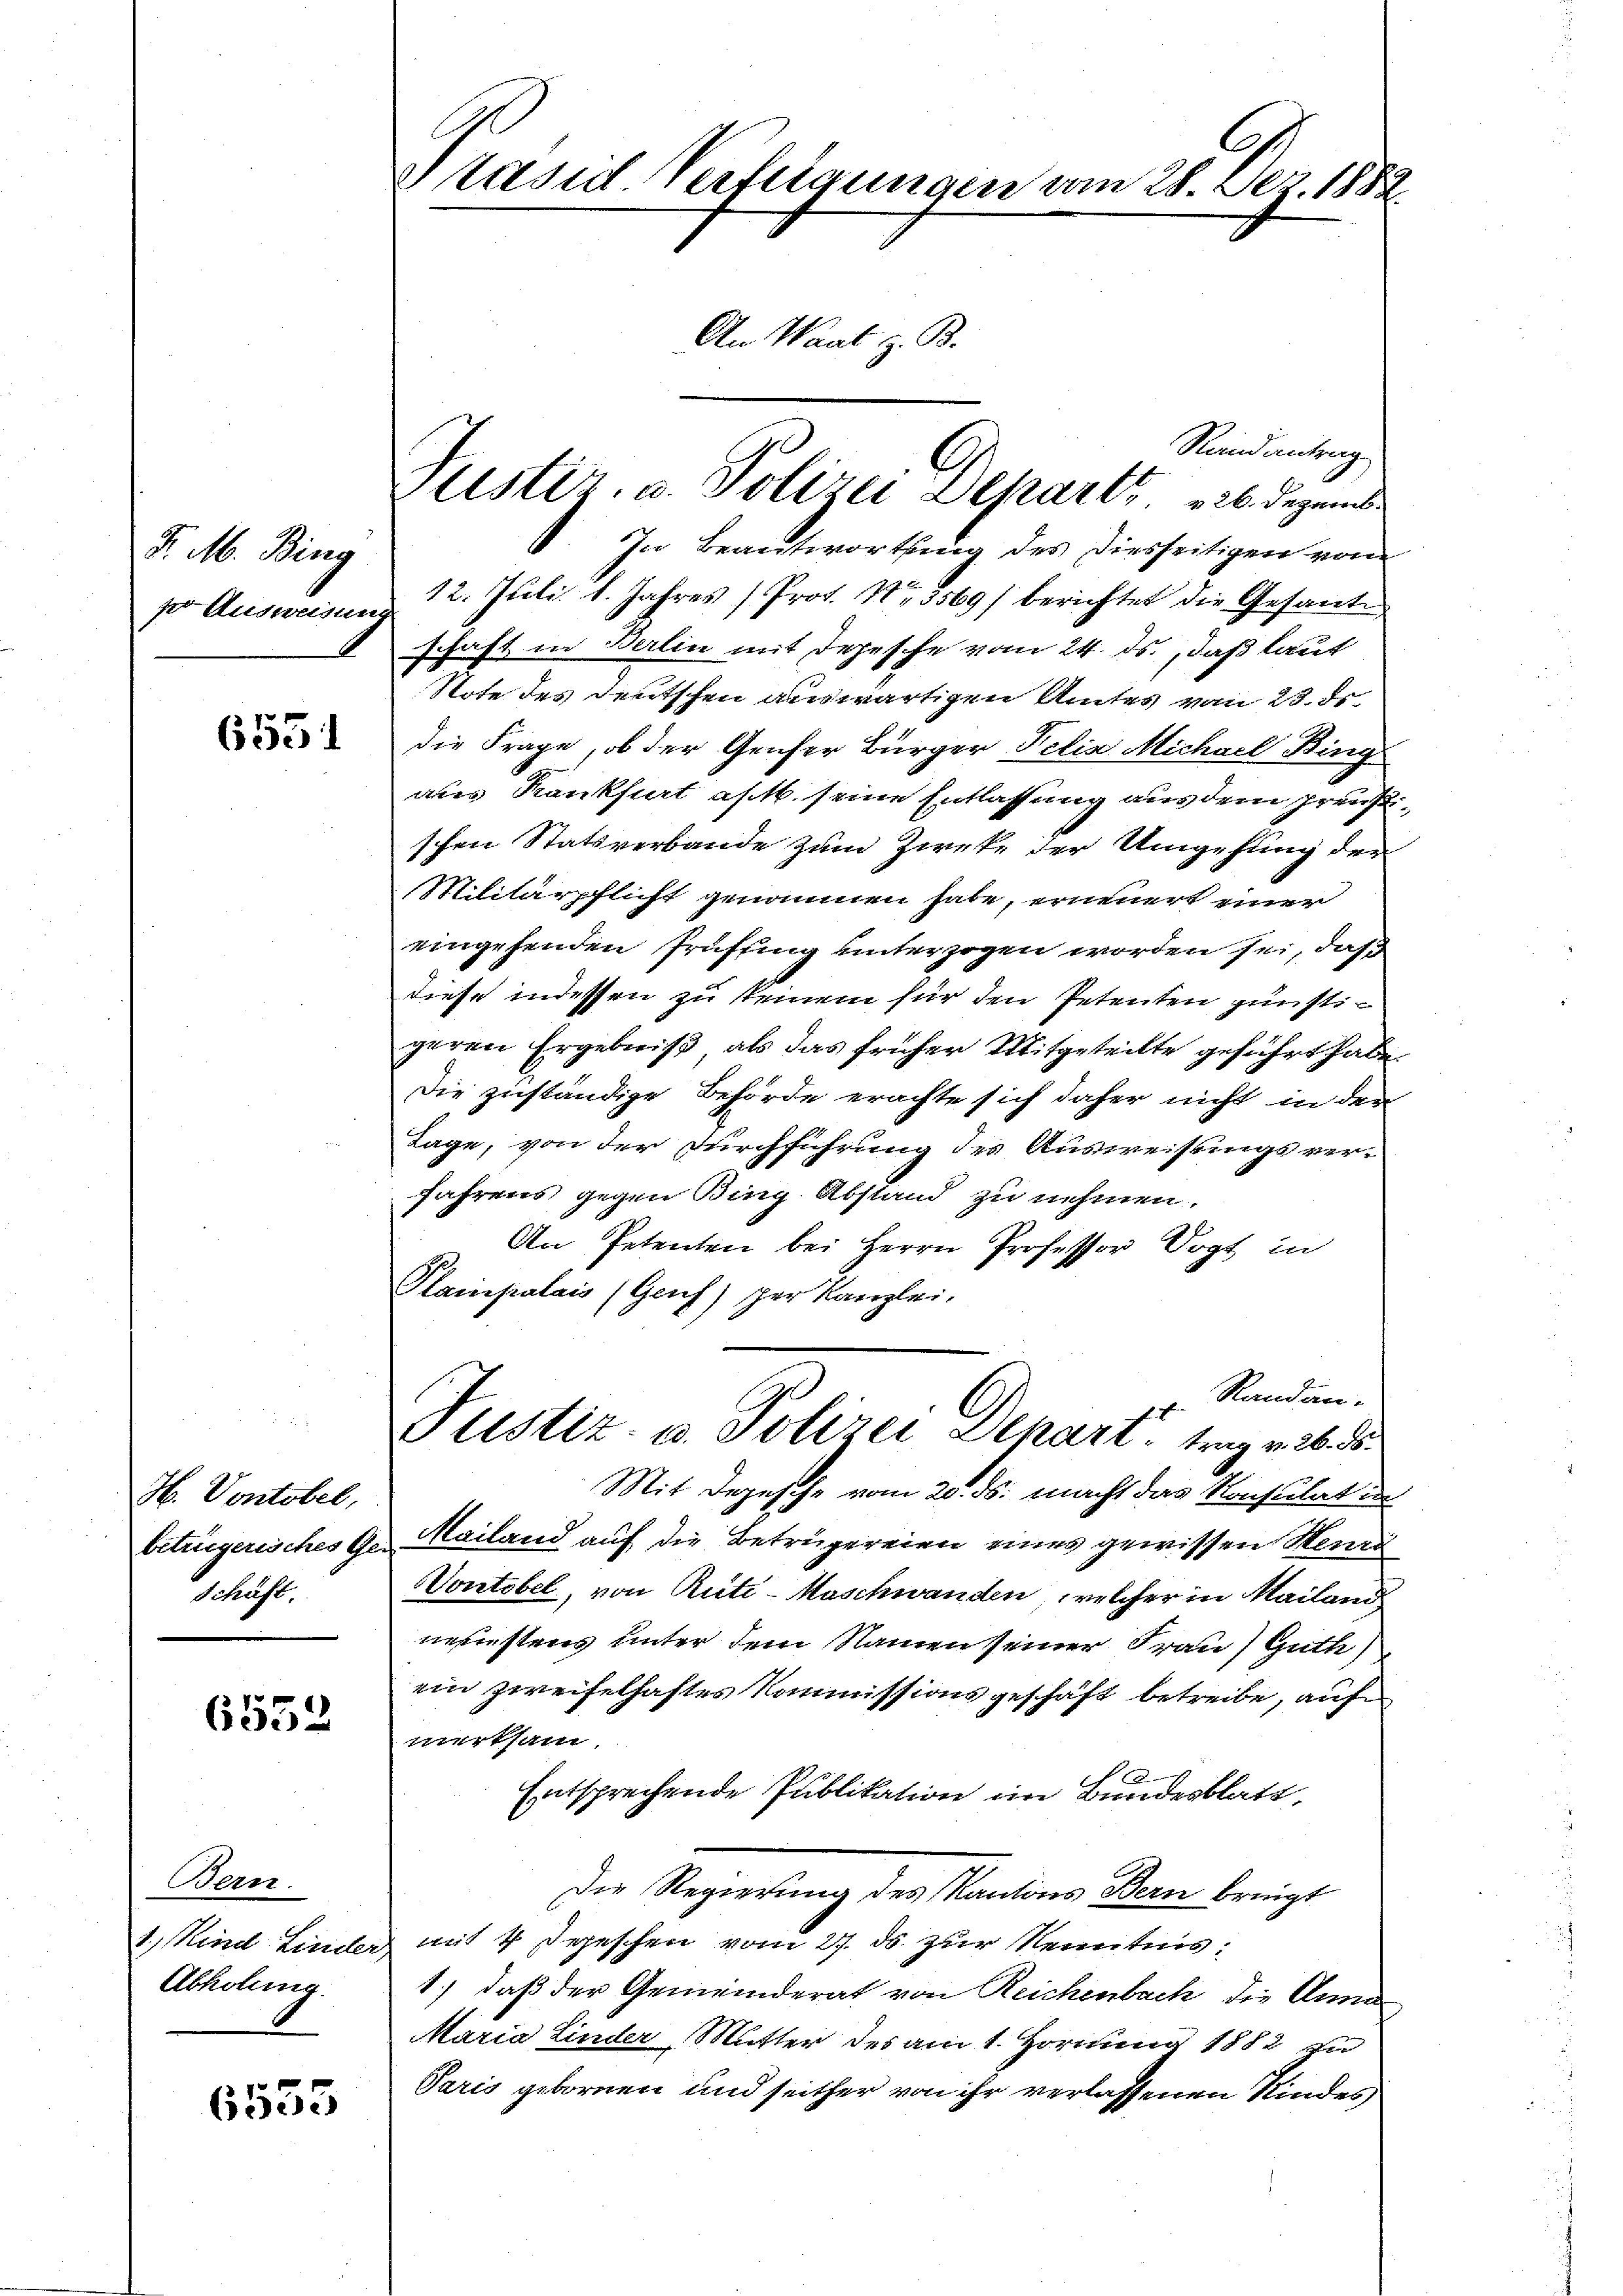
K. M. Bing
ser Ausweisen

6551

H. Vontobel,
betrügerisches Ge¬
Schause

6552

Bern.
1.) Kind Linder,
Abholung.

6555

Sasid Verfeigungen vom 28. Dez. 1882.
An Waat z. B.

ustiz, u. Polizei Depart. 26. Dezemb.

Rand antrag
8. In Beantwortling des diesseitigen von
12. Juli 1. Jahres Prot. N. 5569/ berichtet die Gesante
schaft in Berlin mit Depesche vom 24. ds., daß laut
Note des deutschen auswärtigen Amtes vom 23. ds.
die Frage, ob der Genfer Bürger Felix Michael Bing
aus Kankfiat a/M. seine Entlassung aus dem Preust
schen Statsverbande zum Zwecke der Umgesung der
MMilitärpflicht genommen habe, erneuert einer
eingehenden Prüffung unterzogen worden sei, daß
diese indessen zu keinem für den Petenten günsti-
geren Ergebniß, als das früher Mitgeteilte geführt habe
Die zuständige Behörde erachte sich daher nicht in der
Tage, von der Durchführung des Ausweisungsver-
fahrens gegen Bing Abstand zu nehmen.
An Petenten bei Herrn Professor Vogt in
Plampalais (Genf) per Kanzlei-
Randan.
Pustiz- u. Polizei Depart. trag v. 26. d.
Mit Depesche vom 20. ds. macht das Konsulat in
Mailand auf die Betrügereien eines gewissen Seine
Vontobel, von Rüti- Maschwanden, welcher in Mailand
neuestens unter dem Namen seiner Frau) Guth
ein zweifelhaftes Kommissionsgeschäft betreibe, auf
werksam.
Entsprechende Publikation im Bundesblatt
Die Regierung des Kantons Bern bringt
mit 4 Depeschen vom 27. ds. zur Kenntnis:
1.) daß der Gemeinderat von Reichenbach die Anna
Maria Linder Mutter der am 1. Hornung 1882 zu
Paris gebornen und seither von ihr verlassenen Kindes